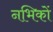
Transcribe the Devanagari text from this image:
नभिकों